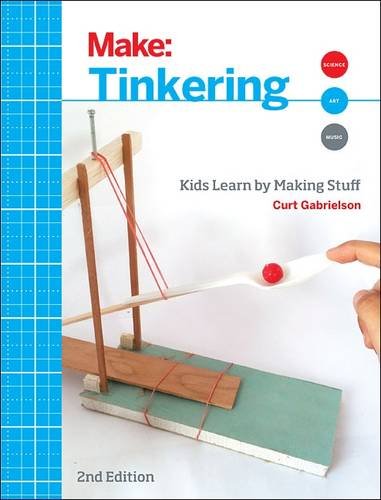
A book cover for Make: Tinkering: Kids Learn by Making Stuff; Curt Gabrielson; Children's Books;